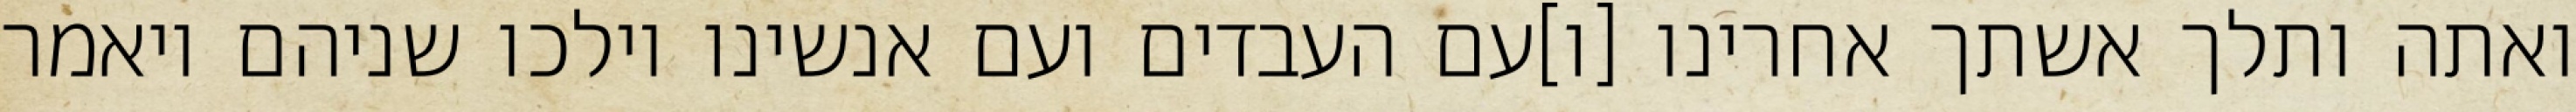
ואתה ותלך אשתך אחרינו [ו]עם העבדים ועם אנשינו וילכו שניהם ויאמר